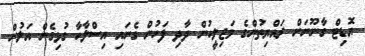
އޮޑިޓް ގާނޫނަށް ރައްޔިތުންގެ މަޖިލީހުން ދާދި ފަހުން ގެނައި އިސްލާހާ ގުޅިގެން އަލުން